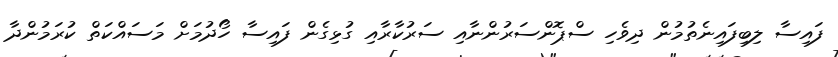
ފައިސާ ލިބިފައިނެތުމުން ދިވެހި ސްޕޮންސަރުންނާއި ސަރުކާރާއި ގުޅިގެން ފައިސާ ހޯދުމަށް މަސައްކަތް ކުރަމުންދާ